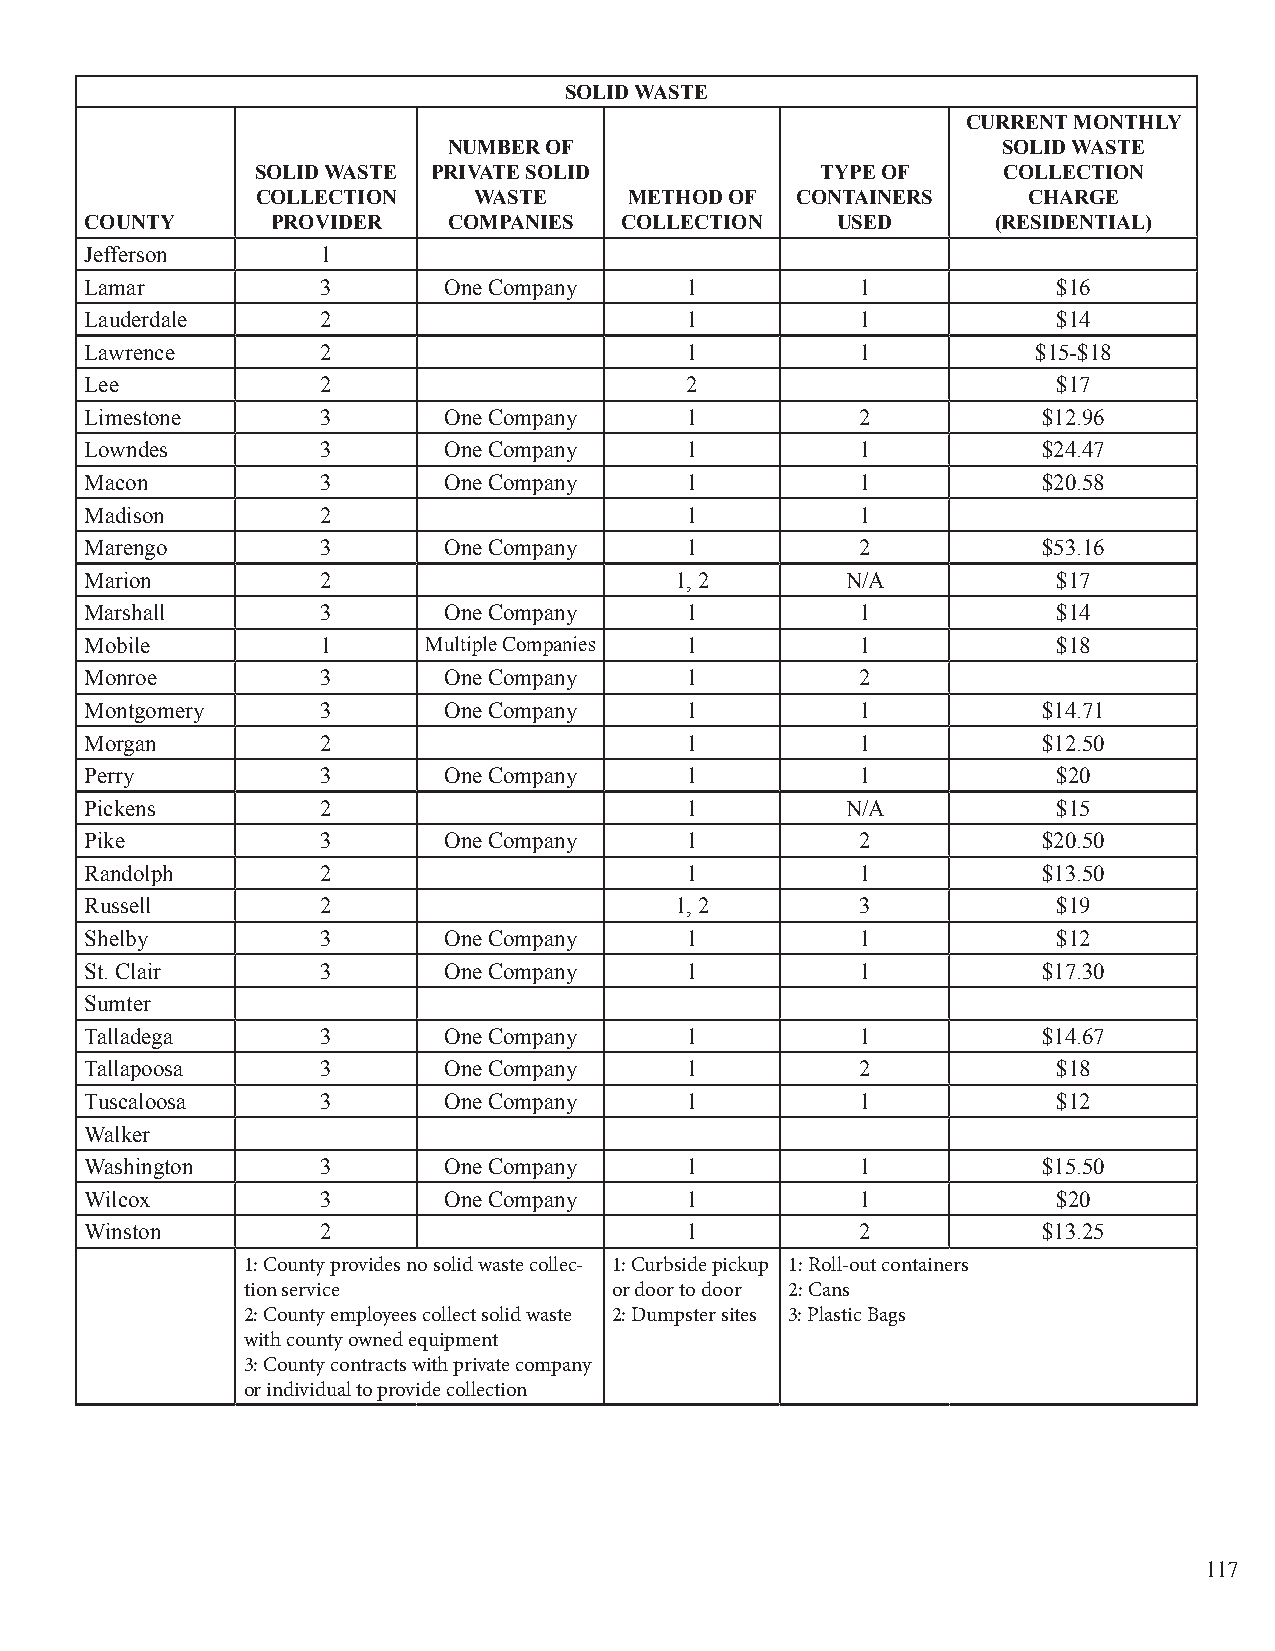
SOLID WASTE
 CURRENT MONTHLY
 NUMBER OF                           SOLID WASTE
 SOLID WASTE PRIVATE SOLID            TYPE OF     COLLECTION
 COLLECTION    WASTE      METHOD OF  CONTAINERS     CHARGE
 COUNTY      PROVIDER    COMPANIES  COLLECTION    USED       (RESIDENTIAL)
 Jefferson      1
 Lamar          3       One Company     1           1            $16
 Lauderdale     2                       1           1            $14
 Lawrence       2                       1           1           $15-$18
 Lee            2                       2                        $17
 Limestone      3       One Company     1           2           $12.96
 Lowndes        3       One Company     1           1           $24.47
 Macon          3       One Company     1           1           $20.58
 Madison        2                       1           1
 Marengo        3       One Company     1           2           $53.16
 Marion         2                       1, 2       N/A           $17
 Marshall       3       One Company     1           1            $14
 Mobile         1      Multiple Companies 1         1            $18
 Monroe         3       One Company     1           2
 Montgomery     3       One Company     1           1           $14.71
 Morgan         2                       1           1           $12.50
 Perry          3       One Company     1           1            $20
 Pickens        2                       1          N/A           $15
 Pike           3       One Company     1           2           $20.50
 Randolph       2                       1           1           $13.50
 Russell        2                       1, 2        3            $19
 Shelby         3       One Company     1           1            $12
 St. Clair      3       One Company     1           1           $17.30
 Sumter
 Talladega      3       One Company     1           1           $14.67
 Tallapoosa     3       One Company     1           2            $18
 Tuscaloosa     3       One Company     1           1            $12
 Walker
 Washington     3       One Company     1           1           $15.50
 Wilcox         3       One Company     1           1            $20
 Winston        2                       1           2           $13.25
 1: County provides no solid waste collec- 1: Curbside pickup 1: Roll-out containers
 tion service             or door to door 2: Cans
 2: County employees collect solid waste 2: Dumpster sites 3: Plastic Bags
 with county owned equipment
 3: County contracts with private company
 or individual to provide collection
 117